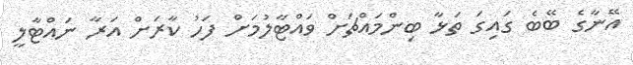
އޭނާގެ ބޭބެ ގައިގަ ތަޅާ ބިންމައްޗަށް ވައްޓާލުމަށް ފަހު ކާރަށް އަރާ ނައްޓާލީ